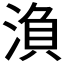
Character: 𭱘